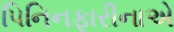
પિનિનફારીનાએ